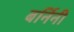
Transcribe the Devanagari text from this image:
बर्निनी